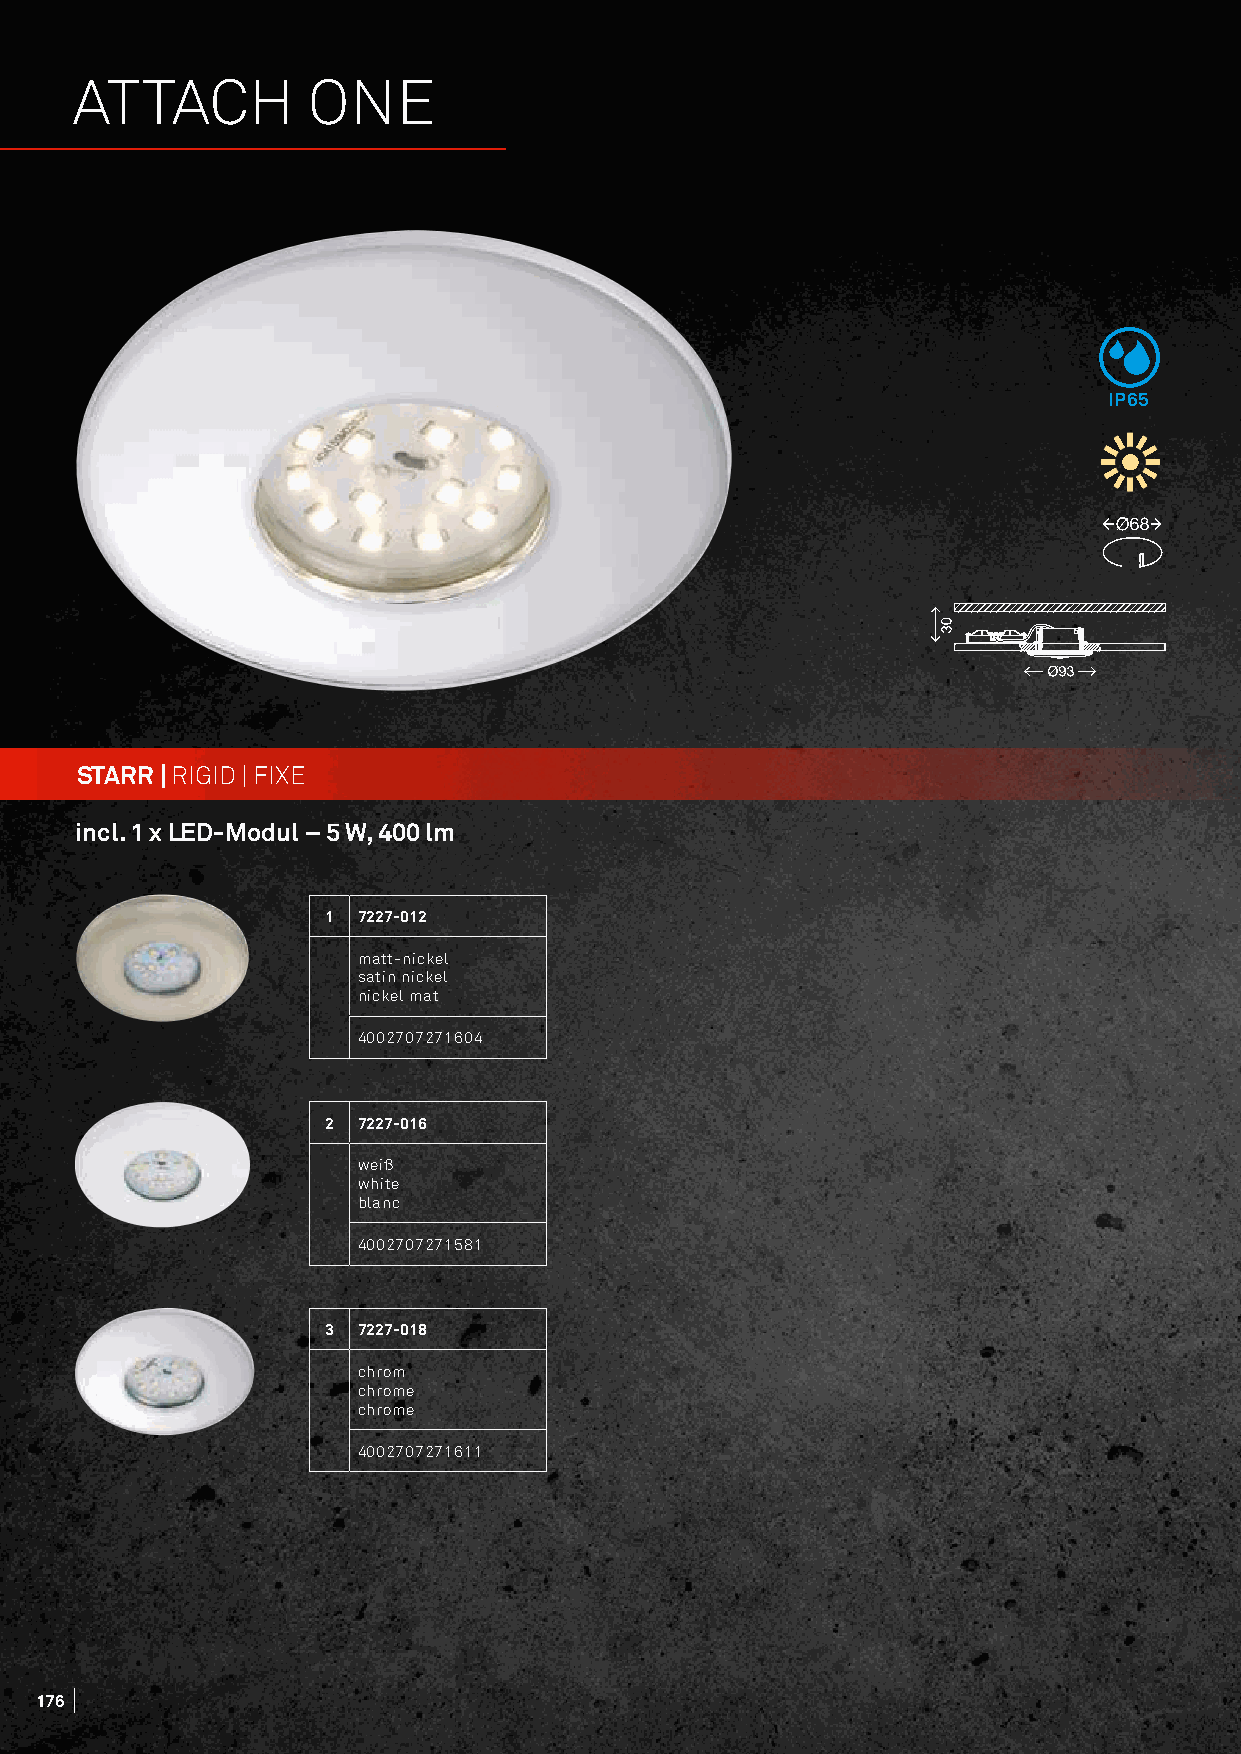
ATTACH         ONE
 IP65
 STARR | RIGID | FIXE
 incl. 1 x LED-Modul – 5 W, 400 lm
 1  7227-012
 matt-nickel
 satin nickel
 nickel mat
 4002707271604
 2  7227-016
 weiß
 white
 blanc
 4002707271581
 3  7227-018
 chrom
 chrome
 chrome
 4002707271611
 176